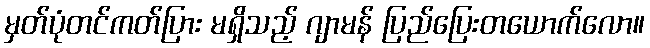
မှတ်ပုံတင်ကတ်ပြား မရှိသည့် ဂျာမန် ပြည်ပြေးတယောက်လော။